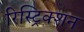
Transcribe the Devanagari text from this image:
रिस्ट्रिक्शन